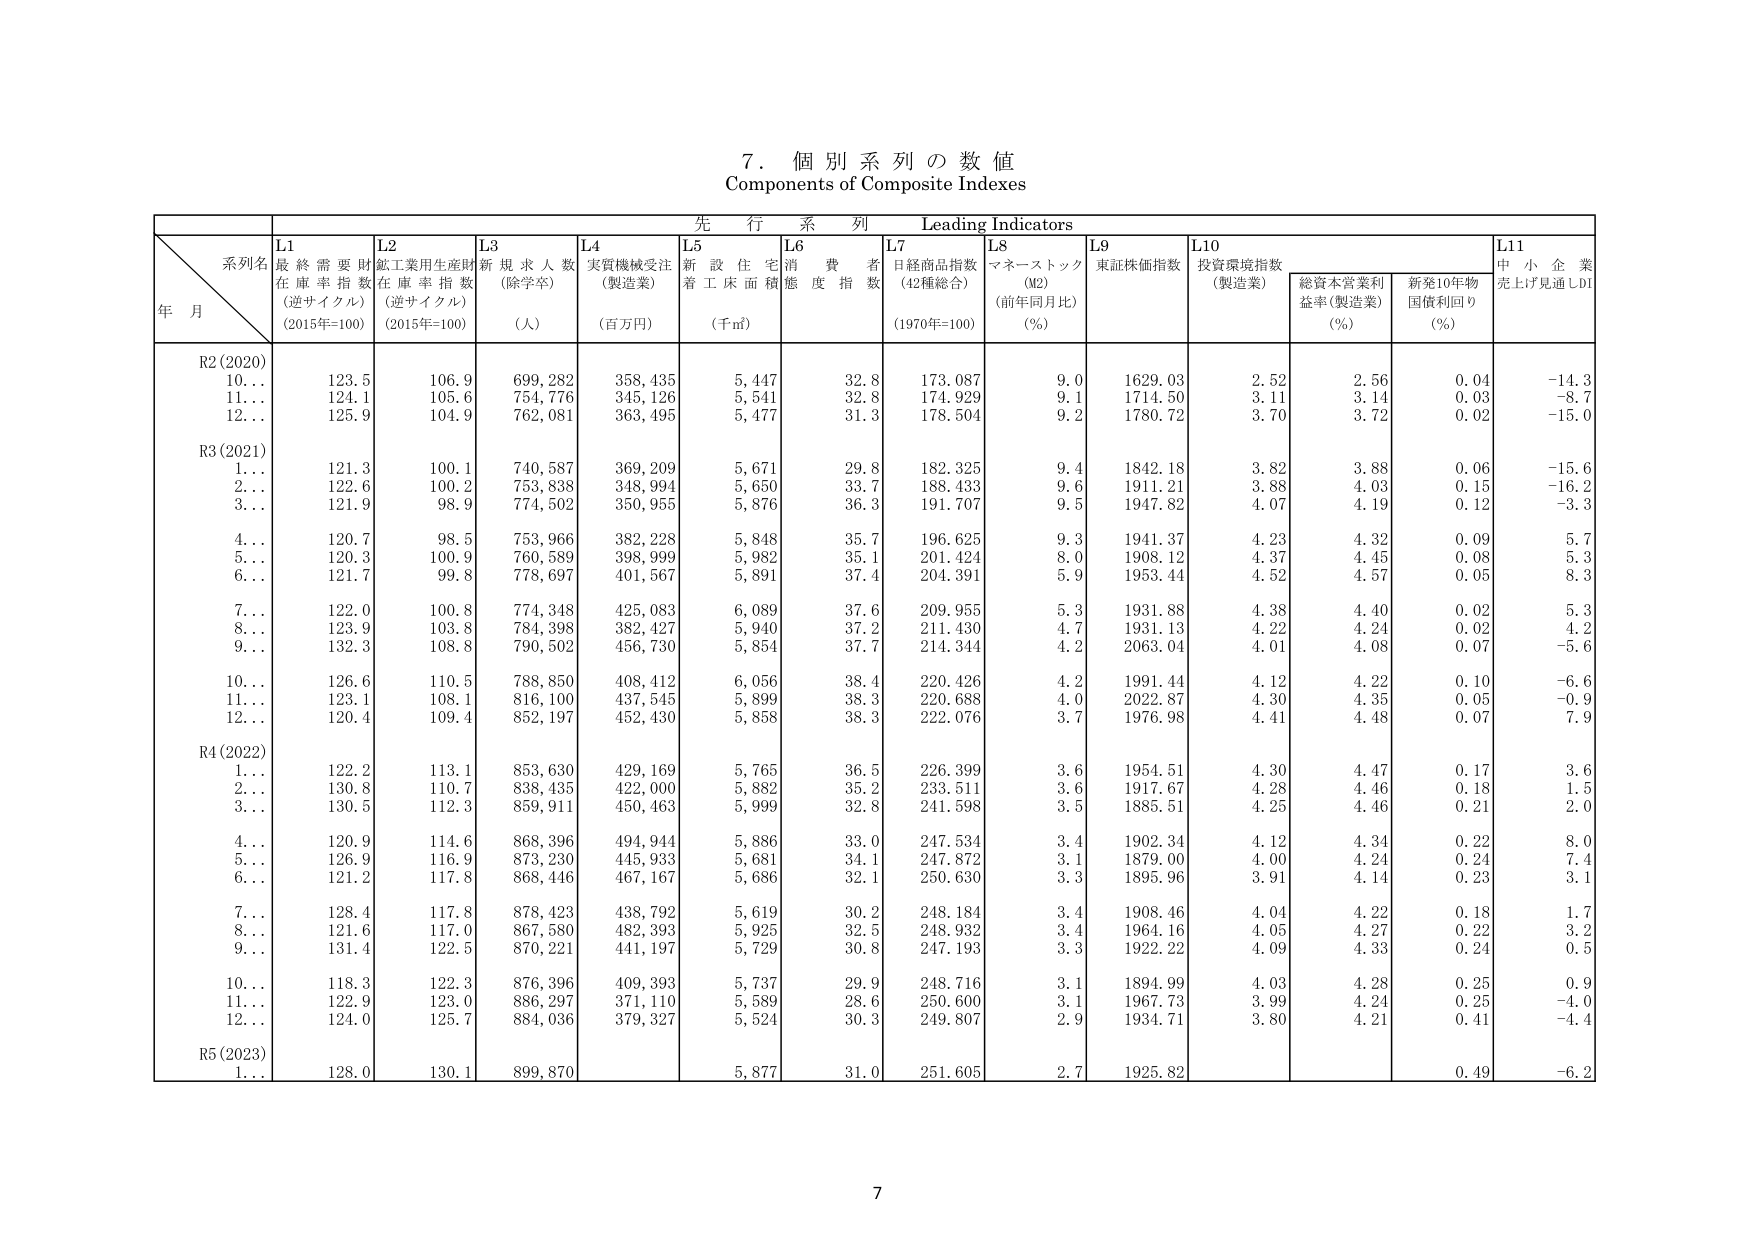
7. 個別系列の数値
Components of Composite Indexes

先 行 系 列 Leading Indicators

系列名
年 月

L1 最終需要財在庫率指数
(逆サイクル)
(2015年=100)

L2 鉱工業用生産財在庫率指数
(逆サイクル)
(2015年=100)

L3 新規求人数
(除学卒)
(人)

L4 実質機械受注
(製造業)
(百万円)

L5 新設住宅着工床面積
(千㎡)

L6 消費者態度指数

L7 日経商品指数
(42種総合)
(1970年=100)

L8 マネーストック
(M2)
(前年同月比)
(%)

L9 東証株価指数

L10 投資環境指数
(製造業)

総資本営業利益率(製造業)
(%)

新発10年物国債利回り
(%)

L11 中小企業売上げ見通しDI

R2(2020)
10… 123.5 106.9 699,282 358,435 5,447 32.8 173.087 9.0 1629.03 2.52 2.56 0.04 -14.3
11… 124.1 105.6 754,776 345,126 5,541 32.8 174.929 9.1 1714.50 3.11 3.14 0.03 -8.7
12… 125.9 104.9 762,081 363,495 5,477 31.3 178.504 9.2 1780.72 3.70 3.72 0.02 -15.0

R3(2021)
1… 121.3 100.1 740,587 369,209 5,671 29.8 182.325 9.4 1842.18 3.82 3.88 0.06 -15.6
2… 122.6 100.2 753,838 348,994 5,650 33.7 188.433 9.6 1911.21 3.88 4.03 0.15 -16.2
3… 121.9 98.9 774,502 350,955 5,876 36.3 191.707 9.5 1947.82 4.07 4.19 0.12 -3.3
4… 120.7 98.5 753,966 382,228 5,848 35.7 196.625 9.3 1941.37 4.23 4.32 0.09 5.7
5… 120.3 100.9 760,589 398,999 5,982 35.1 201.424 8.0 1908.12 4.37 4.45 0.08 5.3
6… 121.7 99.8 778,697 401,567 5,891 37.4 204.391 5.9 1953.44 4.52 4.57 0.05 8.3
7… 122.0 100.8 774,348 425,083 6,089 37.6 209.955 5.3 1931.88 4.38 4.40 0.02 5.3
8… 123.9 103.8 784,398 382,427 5,940 37.2 211.430 4.7 1931.13 4.22 4.24 0.02 4.2
9… 132.3 108.8 790,502 456,730 5,854 37.7 214.344 4.2 2063.04 4.01 4.08 0.07 -5.6
10… 126.6 110.5 788,850 408,412 6,056 38.4 220.426 4.2 1991.44 4.12 4.22 0.10 -6.6
11… 123.1 108.1 816,100 437,545 5,899 38.3 220.688 4.0 2022.87 4.30 4.35 0.05 -0.9
12… 120.4 109.4 852,197 452,430 5,858 38.3 222.076 3.7 1976.98 4.41 4.48 0.07 7.9

R4(2022)
1… 122.2 113.1 853,630 429,169 5,765 36.5 226.399 3.6 1954.51 4.30 4.47 0.17 3.6
2… 130.8 110.7 838,435 422,000 5,882 35.2 233.511 3.6 1917.67 4.28 4.46 0.18 1.5
3… 130.5 112.3 859,911 450,463 5,999 32.8 241.598 3.5 1885.51 4.25 4.46 0.21 2.0
4… 120.9 114.6 868,396 494,944 5,886 33.0 247.534 3.4 1902.34 4.12 4.34 0.22 8.0
5… 126.9 116.9 873,230 445,933 5,681 34.1 247.872 3.1 1879.00 4.00 4.24 0.24 7.4
6… 121.2 117.8 868,446 467,167 5,686 32.1 250.630 3.3 1895.96 3.91 4.14 0.23 3.1
7… 128.4 117.8 878,423 438,792 5,619 30.2 248.184 3.4 1908.46 4.04 4.22 0.18 1.7
8… 121.6 117.0 867,580 482,393 5,925 32.5 248.932 3.4 1964.16 4.05 4.27 0.22 3.2
9… 131.4 122.5 870,221 441,197 5,729 30.8 247.193 3.3 1922.22 4.09 4.33 0.24 0.5
10… 118.3 122.3 876,396 409,393 5,737 29.9 248.716 3.1 1894.99 4.03 4.28 0.25 0.9
11… 122.9 123.0 886,297 371,110 5,589 28.6 250.600 3.1 1967.73 3.99 4.24 0.25 -4.0
12… 124.0 125.7 884,036 379,327 5,524 30.3 249.807 2.9 1934.71 3.80 4.21 0.41 -4.4

R5(2023)
1… 128.0 130.1 899,870 5,877 31.0 251.605 2.7 1925.82 0.49 -6.2

7